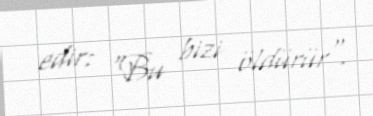
edir: "Bu bizi öldürür".